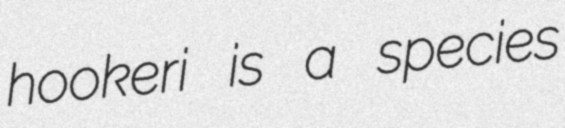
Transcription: hookeri is a species